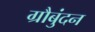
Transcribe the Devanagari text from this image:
ग्रौबुंदन